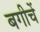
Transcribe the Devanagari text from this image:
बगीचें